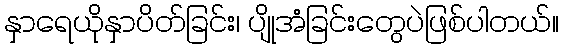
နှာရေယိုနှာပိတ်ခြင်း၊ ပျိုအံခြင်းတွေပဲဖြစ်ပါတယ်။